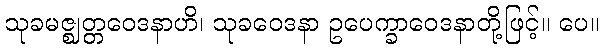
သုခမဇ္ဈတ္တဝေဒနာဟိ၊ သုခဝေဒနာ ဥပေက္ခာဝေဒနာတို့ဖြင့်။ ပေ။